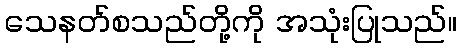
သေနတ်စသည်တို့ကို အသုံးပြုသည်။